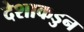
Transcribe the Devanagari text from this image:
देशाकडुन